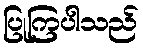
ပြုကြပါသည်